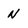
Character: N